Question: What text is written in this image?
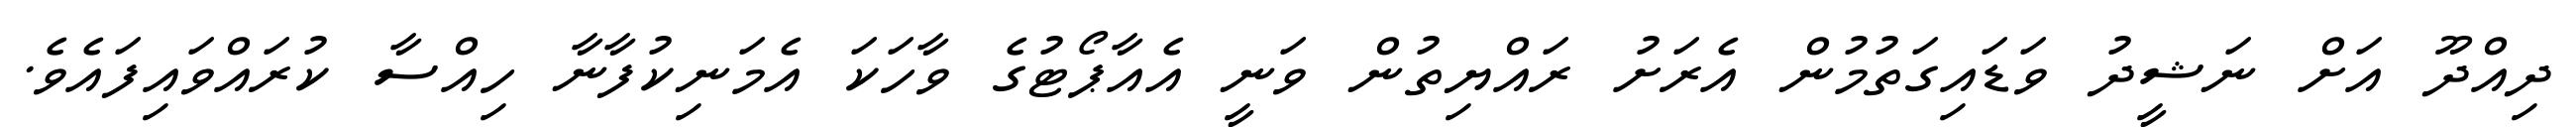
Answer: ދިއްދޫ އަށް ނަޝީދު ވަޑައިގަތުމުން އެރަށު ރައްޔިތުން ވަނީ އެއާޕޯޓުގެ ވާހަކަ އެމަނިކުފާނާ ހިއްސާ ކުރައްވައިފައެވެ.